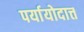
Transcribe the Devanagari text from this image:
पर्यायोदात्त